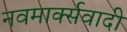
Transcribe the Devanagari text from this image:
नवमार्क्सवादी